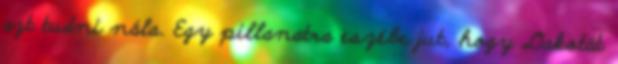
azt tudni nála. Egy pillanatra eszébe jut, hogy Dakotát